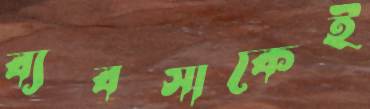
ব্যবসাকেই